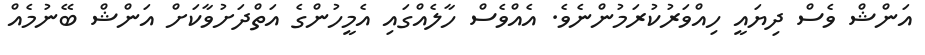
އަންޝް ވެސް ދިޔައީ ހިއްވަރުކުރަމުންނެވެ. އެއްވެސް ހާލެއްގައި އެމީހުންގެ އަތްދަށުވާކަށް އަންޝް ބޭނުމެއް